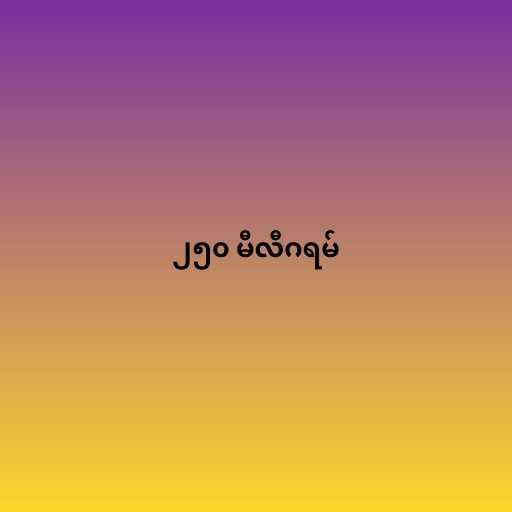
၂၅၀ မီလီဂရမ်